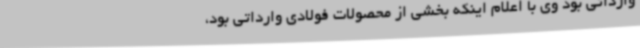
وارداتی بود وی با اعلام اینکه بخشی از محصولات فولادی وارداتی بود،